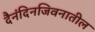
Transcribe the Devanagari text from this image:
दैनंदिनजिवनातील